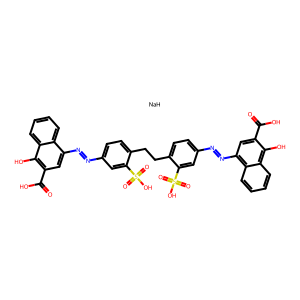
SMILES: O=C(O)c1cc(N=Nc2ccc(CCc3ccc(N=Nc4cc(C(=O)O)c(O)c5ccccc45)cc3S(=O)(=O)O)c(S(=O)(=O)O)c2)c2ccccc2c1O.[NaH]
Inhibits HIV replication: No